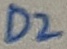
Text: D2